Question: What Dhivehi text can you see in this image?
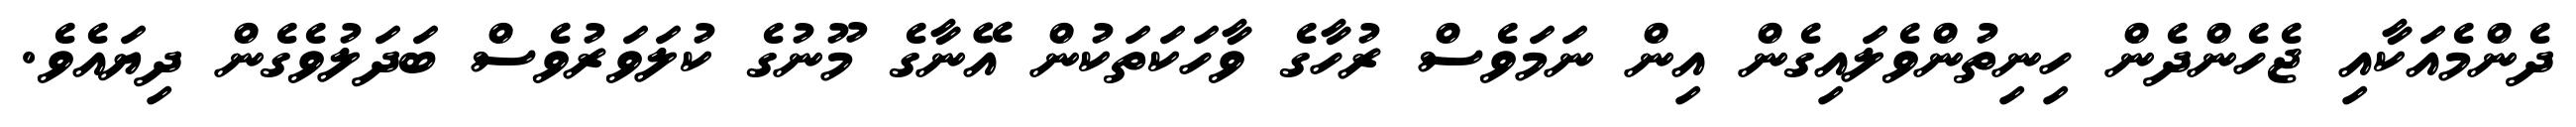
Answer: ދެންމެއަކާއި ޖެހެންދެން ހިނިތުންވެލައިގެން އިން ނަމަވެސް ރުހާގެ ވާހަކަތަކުން އޭނާގެ މޫނުގެ ކުލަވަރުވެސް ބަދަލުވެގެން ދިޔައެވެ.